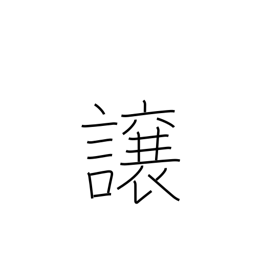
Meaning: convey